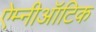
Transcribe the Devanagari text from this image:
ऐम्नीऑटिक